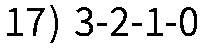
17) 3-2-1-0